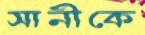
সানীকে